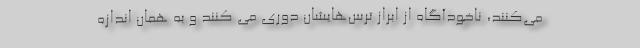
می‌کنند، ناخودآگاه از ابراز ترس‌هایشان دوری می کنند و به همان اندازه